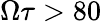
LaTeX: \Omega\tau>80